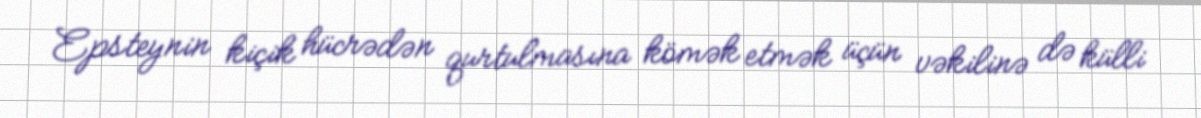
Epsteynin kiçik hücrədən qurtulmasına kömək etmək üçün vəkilinə də külli